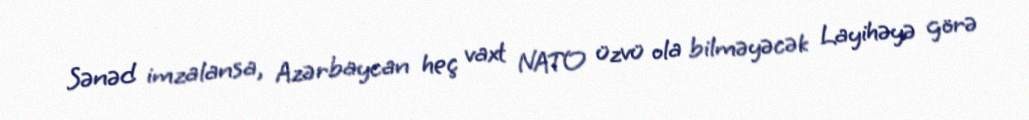
Sənəd imzalansa, Azərbaycan heç vaxt NATO üzvü ola bilməyəcək Layihəyə görə